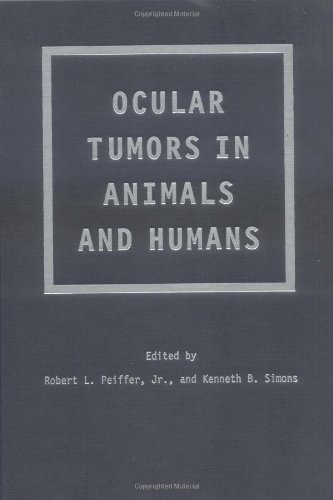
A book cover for Ocular Tumors in Animals and Humans; Medical Books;